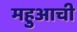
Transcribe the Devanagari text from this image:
महुआची